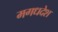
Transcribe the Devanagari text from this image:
मगधदेश